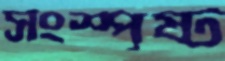
সংস্পৃষ্ট